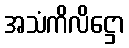
အသံကိလိဋ္ဌော